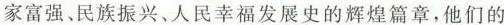
家富强、民族振兴、人民幸福发展史的辉煌篇章，他们的